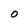
Character: O